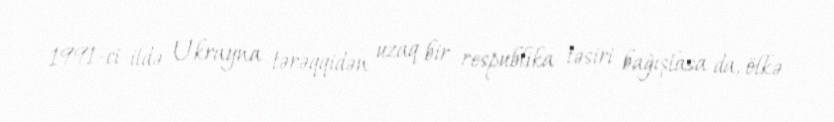
1991-ci ildə Ukrayna tərəqqidən uzaq bir respublika təsiri bağışlasa da, ölkə